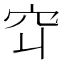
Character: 𬔅